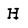
Character: H